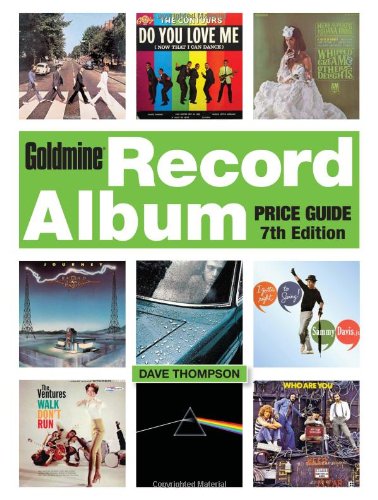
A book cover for Goldmine Record Album Price Guide; Dave Thompson; Crafts, Hobbies & Home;